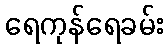
ရေကုန်ရေခမ်း